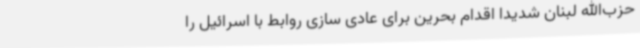
حزب‌الله لبنان شدیدا اقدام بحرین برای عادی سازی روابط با اسرائیل را